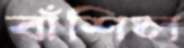
বাঁশিল